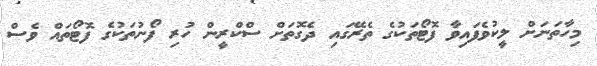
މިހާތަނަށް ލީކުވެފައިވާ ފޮޓޯތަކުގެ ތެރޭގައި ދެގޮތަށް ސްކްރީން ހުރި ފޯނުތަކުގެ ފޮޓޯތައް ވެސް